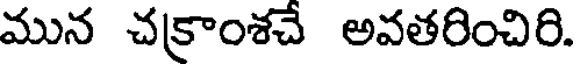
మున చక్రాంశచే అవతరించిరి.